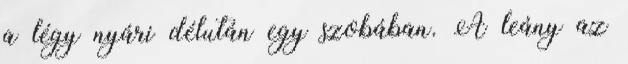
a légy nyári délután egy szobában. A leány az